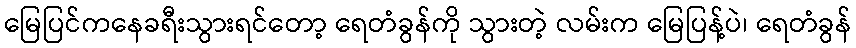
မြေပြင်ကနေခရီးသွားရင်တော့ ရေတံခွန်ကို သွားတဲ့ လမ်းက မြေပြန့်ပဲ၊ ရေတံခွန်